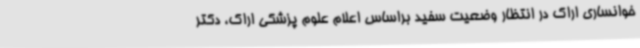
خوانساری اراک در انتظار وضعیت سفید براساس اعلام علوم پزشکی اراک، دکتر